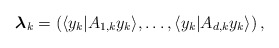
\begin{align*}\boldsymbol{\lambda}_k = \left(\langle y_k|A_{1, k} y_k\rangle, \dots, \langle y_k|A_{d, k} y_k\rangle\right),\end{align*}